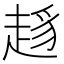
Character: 𧼋